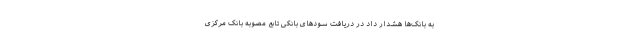
به بانک‌ها هشدار داد در دریافت سودهای بانکی تابع مصوبه بانک مرکزی